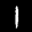
Label: 1